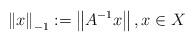
LaTeX: \begin{align*}\left\|x\right\|_{-1}:=\left\|A^{-1}x\right\|,x\in X\end{align*}